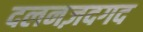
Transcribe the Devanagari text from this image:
दलनज़दगद